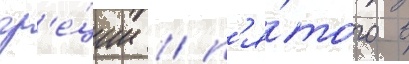
гр'е́ции / п'я́того в